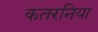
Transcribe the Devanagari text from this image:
कतरनिया